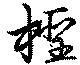
檉